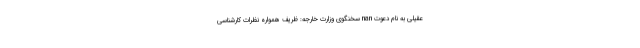
عقیلی به نام دعوت nan سخنگوی وزارت خارجه: ظریف همواره نظرات کارشناسی‌